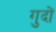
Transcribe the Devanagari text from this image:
गुदों